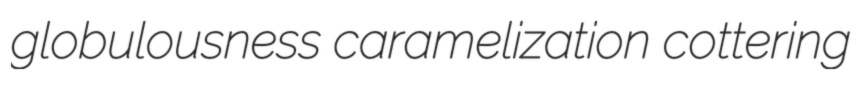
globulousness caramelization cottering